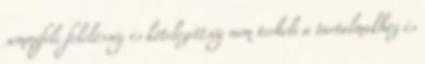
semmiféle felelősség és kötelezettség nem terheli a tartalmakhoz és